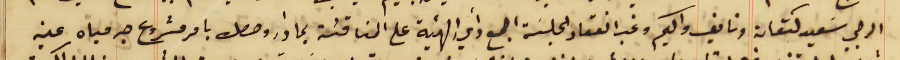
الرجي سَعيد كنعان ونايف واكيم وغب انعقاد الجلسَة اجمع رأي الهيئة على المناقشة بما دار وحصل بامر مشروع جر مياه عين